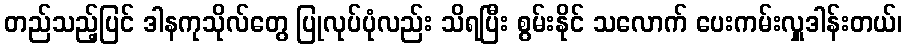
တည်သည့်ပြင် ဒါနကုသိုလ်တွေ ပြုလုပ်ပုံလည်း သိရပြီး စွမ်းနိုင် သလောက် ပေးကမ်းလှူဒါန်းတယ်၊